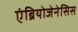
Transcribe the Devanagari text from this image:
एंब्रियोजेनेसिस